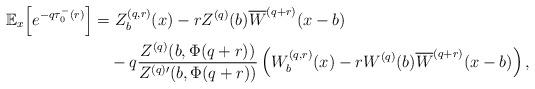
LaTeX: \begin{align*}\mathbb{E}_{x}\Big[e^{-q\tau_{0}^-(r)}\Big]&=Z_{b}^{(q,r)}(x)-rZ^{(q)}(b)\overline{W}^{(q+r)}(x-b)\\&\quad-q\dfrac{Z^{(q)}(b,\Phi(q+r))}{Z^{(q)\prime}(b,\Phi(q+r))}\left( W_{b}^{(q,r)}(x)-rW^{(q)}(b) \overline{W}^{(q+r)}(x-b)\right),\end{align*}